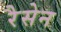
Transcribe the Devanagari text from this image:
रैसेन